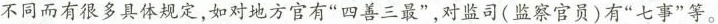
不同而有很多具体规定，如对地方官有”四善三最”，对监司(监察官员)有”七事”等。